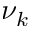
\nu _ { k }